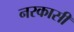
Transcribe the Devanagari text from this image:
नरकासी